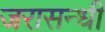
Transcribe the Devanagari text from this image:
जरासन्धी